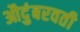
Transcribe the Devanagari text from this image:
औदुंबरवती